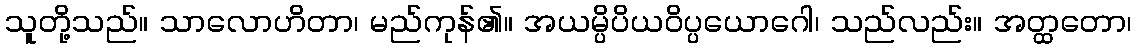
သူတို့သည်။ သာလောဟိတာ၊ မည်ကုန်၏။ အယမ္ပိပိယဝိပ္ပယောဂေါ၊ သည်လည်း။ အတ္ထတော၊